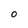
Character: 0